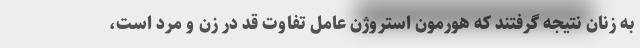
به زنان نتیجه گرفتند که هورمون استروژن عامل تفاوت قد در زن و مرد است،